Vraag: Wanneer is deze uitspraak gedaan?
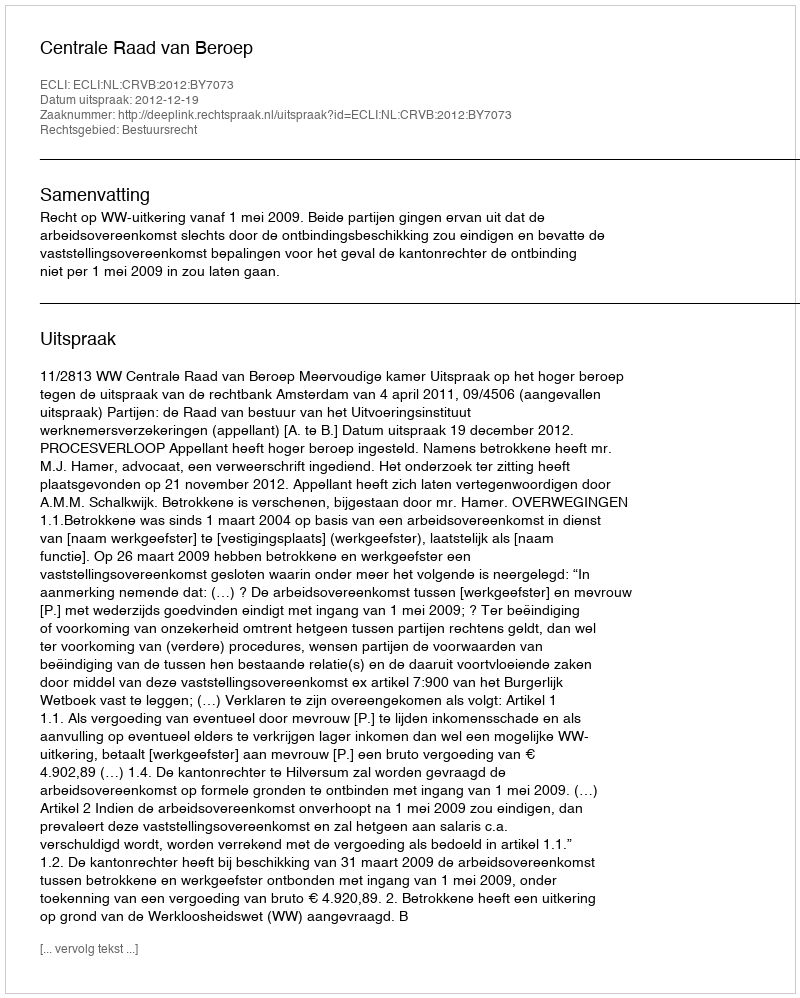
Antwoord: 2012-12-19